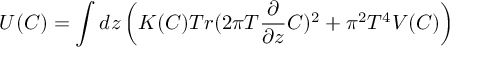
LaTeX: U ( C ) = \int d z \left( K ( C ) T r ( 2 \pi T { \frac { \partial } { \partial z } } C ) ^ { 2 } + \pi ^ { 2 } T ^ { 4 } V ( C ) \right)